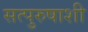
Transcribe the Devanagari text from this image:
सत्पुरुषाशी